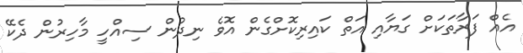
އެއް ފަރާތަކަށް ގަޔާއި އަތް ކައިރިކޮށްގެން އޮވެ ނިދުން ސިއްހީ މާހިރުން ދެކޭ